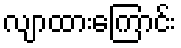
လျာထားကြောင်း